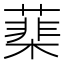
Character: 䕁